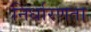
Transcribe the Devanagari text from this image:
निर्धारणता